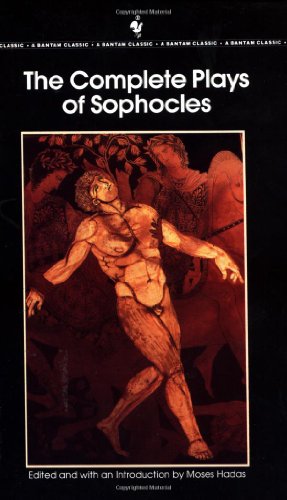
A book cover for The Complete Plays of Sophocles; Sophocles; Literature & Fiction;